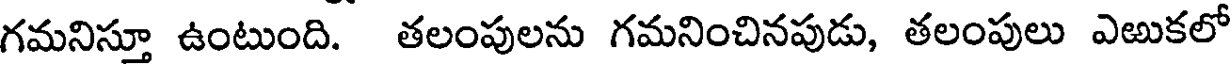
గమనిస్తూ ఉంటుంది. తలంపులను గమనించినపుడు, తలంపులు ఎఱుకలో